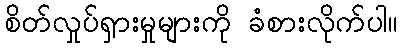
စိတ်လှုပ်ရှားမှုများကို ခံစားလိုက်ပါ။